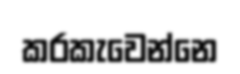
කරකැවෙන්නෙ